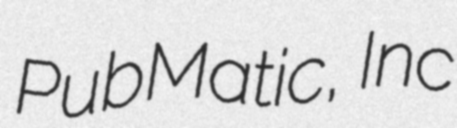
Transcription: PubMatic, Inc